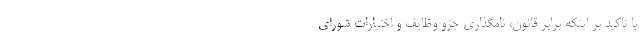
با تاکید بر اینکه برابر قانون، نامگذاری جزو وظایف و اختیارات شورای